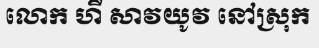
លោក ហឺ សាវយូវ នៅស្រុក